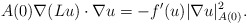
\begin{align*}A(0) \nabla (Lu) \cdot \nabla u = - f'(u) |\nabla u|_{A(0)}^2.\end{align*}